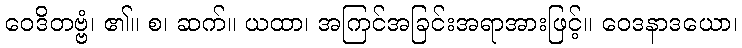
ဝေဒိတဗ္ဗံ၊ ၏။ စ၊ ဆက်။ ယထာ၊ အကြင်အခြင်းအရာအားဖြင့်။ ဝေဒနာဒယော၊